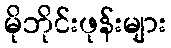
မိုဘိုင်းဖုန်းများ